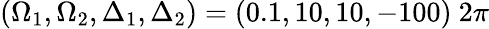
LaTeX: (\Omega_{1},\Omega_{2},\Delta_{1},\Delta_{2})=(0.1,10,10,-100)~2\pi